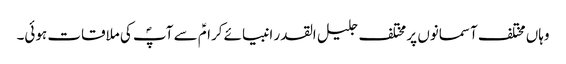
وہاں مختلف آسمانوں پر مختلف جلیل القدر انبیائے کرامؑ سے آپؐ کی ملاقات ہوئی۔